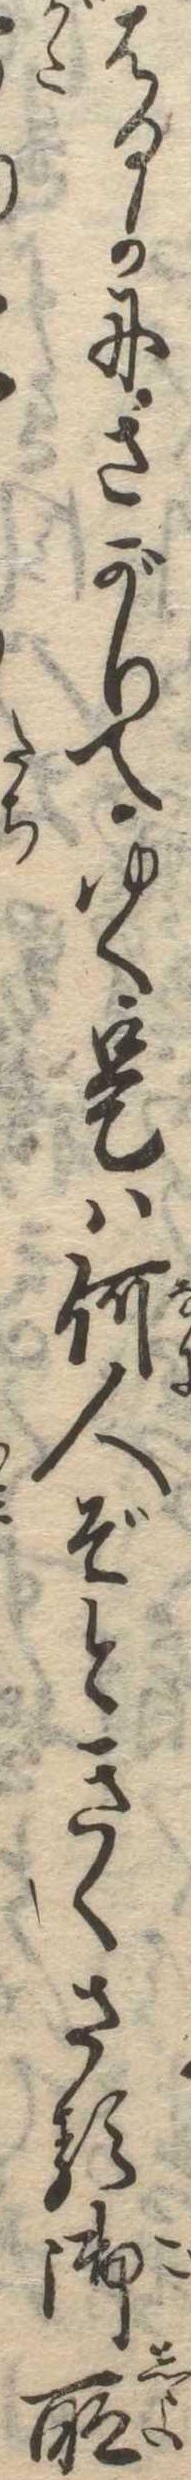
はるかにさがりてゆく是は何人ぞときくさる御所